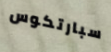
سبارتكوس